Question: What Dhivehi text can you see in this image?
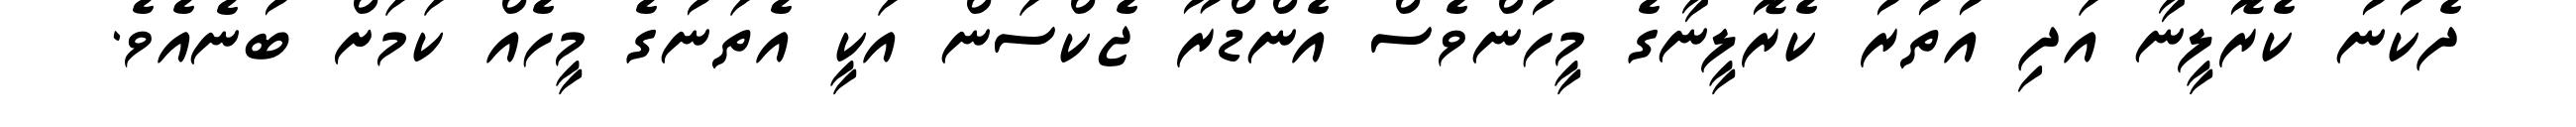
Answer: ދެކުނު ކެރޮލީނާ އަދި އުތުރު ކެރޮލީނާގެ މީހުންވެސް އެންޑްރޫ ޖެކްސަން އަކީ އެތަނުގެ މީހެއް ކަމަށް ބުނެއެވެ.